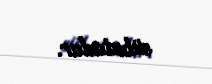
sübutudur.